Annual report of the Imperial Bacteriological Laboratory, Muktesar
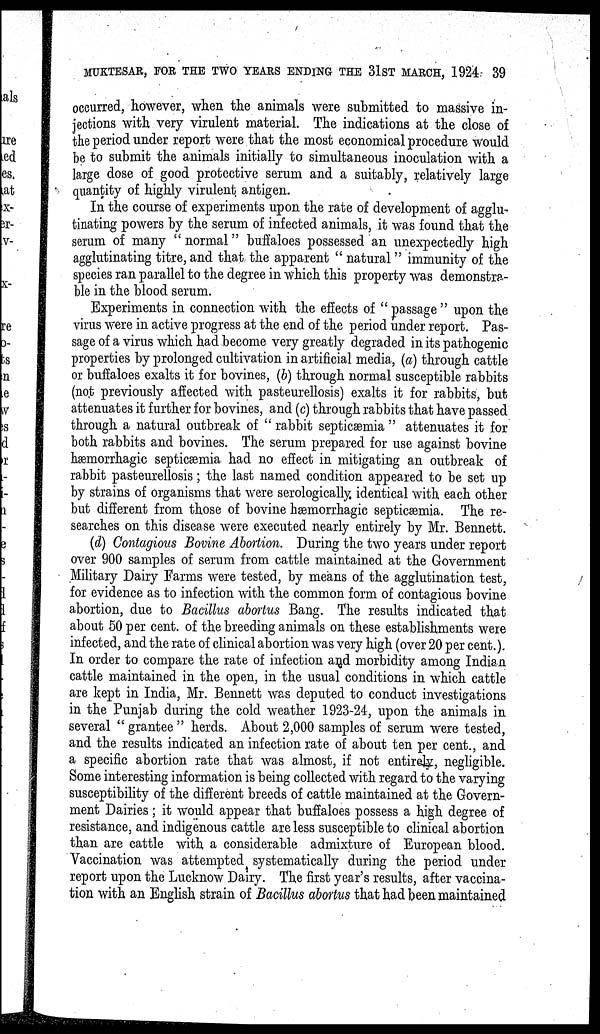
MUKTESAR, FOR THE TWO YEARS ENDING THE 31ST MARCH, 1924 39
occurred, however, when the animals were submitted to massive in-
jections with very virulent material. The indications at the close of
the period under report were that the most economical procedure would
be to submit the animals initially to simultaneous inoculation with a
large dose of good protective serum and a suitably, relatively large
quantity of highly virulent antigen.
In the course of experiments upon the rate of development of agglu-
tinating powers by the serum of infected animals, it was found that the
serum of many " normal" buffaloes possessed an unexpectedly high
agglutinating titre, and that the apparent " natural" immunity of the
species ran parallel to the degree in which this property was demonstra-
ble in the blood serum.
Experiments in connection with the effects of " passage " upon the
virus were in active progress at the end of the period under report. Pas-
sage of a virus which had become very greatly degraded in its pathogenic
properties by prolonged cultivation in artificial media, (a) through cattle
or buffaloes exalts it for bovines, (b) through normal susceptible rabbits
(not previously affected with pasteurellosis) exalts it for rabbits, but
attenuates it further for bovines, and (c) through rabbits that have passed
through a natural outbreak of " rabbit septicæmia " attenuates it for
both rabbits and bovines. The serum prepared for use against bovine
hæmorrhagic septicæmia had no effect in mitigating an outbreak of
rabbit pasteurellosis; the last named condition appeared to be set up
by strains of organisms that were serologically identical with each other
but different from those of bovine hæmorrhagic septicæmia. The re-
searches on this disease were executed nearly entirely by Mr. Bennett.
(d) Contagious Bovine Abortion. During the two years under report
over 900 samples of serum from cattle maintained at the Government
Military Dairy Farms were tested, by means of the agglutination test,
for evidence as to infection with the common form of contagious bovine
abortion, due to Bacillus abortus Bang. The results indicated that
about 50 per cent. of the breeding animals on these establishments were
infected, and the rate of clinical abortion was very high (over 20 per cent.).
In order to compare the rate of infection and morbidity among Indian
cattle maintained in the open, in the usual conditions in which cattle
are kept in India, Mr. Bennett was deputed to conduct investigations
in the Punjab during the cold weather 1923-24, upon the animals in
several " grantee " herds. About 2,000 samples of serum were tested,
and the results indicated an infection rate of about ten per cent., and
a specific abortion rate that was almost, if not entirely, negligible.
Some interesting information is being collected with regard to the varying
susceptibility of the different breeds of cattle maintained at the Govern-
ment Dairies; it would appear that buffaloes possess a high degree of
resistance, and indigenous cattle are less susceptible to clinical abortion
than are cattle with a considerable admixture of European blood.
Vaccination was attempted systematically during the period under
report upon the Lucknow Dairy. The first year's results, after vaccina-
tion with an English strain of Bacillus abortus that had been maintained